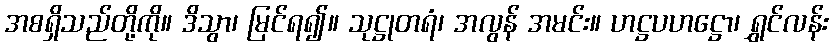
အစရှိသည်တို့ကို။ ဒိသွာ၊ မြင်ရ၍။ သုဋ္ဌုတရံ၊ အလွန် အမင်း။ ဟဋ္ဌပဟဋ္ဌော၊ ရွှင်လန်း